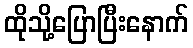
ထိုသို့ပြောပြီးနောက်